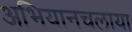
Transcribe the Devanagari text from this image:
अभियानचलाया